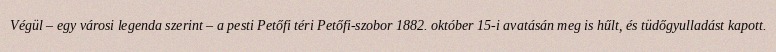
Végül – egy városi legenda szerint – a pesti Petőfi téri Petőfi-szobor 1882. október 15-i avatásán meg is hűlt, és tüdőgyulladást kapott.